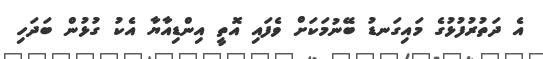
އެ ދަތުރުފުޅުގެ މައިގަނޑު ބޭނުމަކަށް ވެފައި އޮތީ އިންޑިއާޔާ އެކު ގުޅުން ބަދަހި